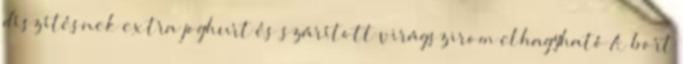
díszítésnek extra joghurt és szárított virágszirom elhagyható A bort